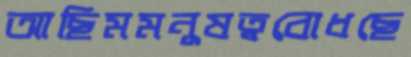
আছিমমনুষত্ববোধছে